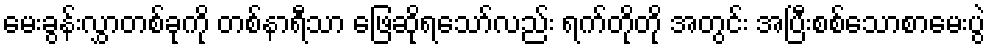
မေးခွန်းလွှာတစ်ခုကို တစ်နာရီသာ ဖြေဆိုရသော်လည်း ရက်တိုတို အတွင်း အပြီးစစ်သောစာမေးပွဲ